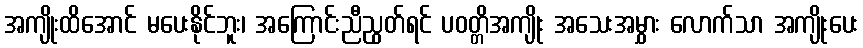
အကျိုးထိအောင် မပေးနိုင်ဘူး၊ အကြောင်းညီညွတ်ရင် ပဝတ္တိအကျိုး အသေးအမွှား လောက်သာ အကျိုးပေး